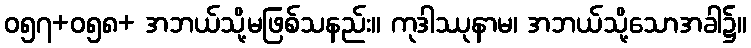
ဝ၅၇+၀၅၈+ အဘယ်သို့မဖြစ်သနည်း။ ကုဒါဿုနာမ၊ အဘယ်သို့သောအခါ၌။